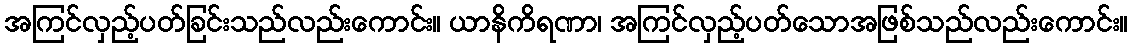
အကြင်လှည့်ပတ်ခြင်းသည်လည်းကောင်း။ ယာနိကိရဏာ၊ အကြင်လှည့်ပတ်သောအဖြစ်သည်လည်းကောင်း။